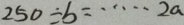
2 5 0 \div b = \cdots 2 a